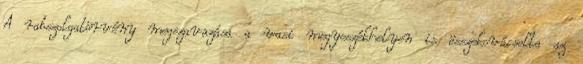
A rabszolgatörvény megszavazása a vasi megyeszékhelyen is összekovácsolta az